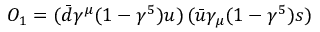
O _ { 1 } = ( \bar { d } \gamma ^ { \mu } ( 1 - \gamma ^ { 5 } ) u ) \, ( \bar { u } \gamma _ { \mu } ( 1 - \gamma ^ { 5 } ) s )